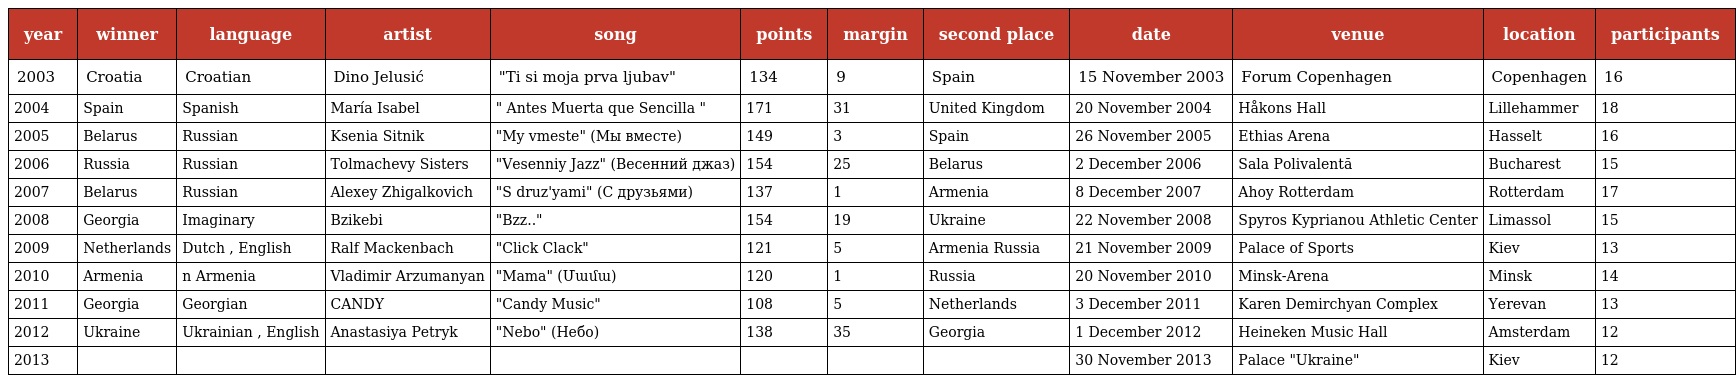
| year | winner | language | artist | song | points | margin | second place | date | venue | location | participants |
 | --- | --- | --- | --- | --- | --- | --- | --- | --- | --- | --- | --- |
 | 2003 | Croatia | Croatian | Dino Jelusić | "Ti si moja prva ljubav" | 134 | 9 | Spain | 15 November 2003 | Forum Copenhagen | Copenhagen | 16 |
 | 2004 | Spain | Spanish | María Isabel | " Antes Muerta que Sencilla " | 171 | 31 | United Kingdom | 20 November 2004 | Håkons Hall | Lillehammer | 18 |
 | 2005 | Belarus | Russian | Ksenia Sitnik | "My vmeste" (Мы вместе) | 149 | 3 | Spain | 26 November 2005 | Ethias Arena | Hasselt | 16 |
 | 2006 | Russia | Russian | Tolmachevy Sisters | "Vesenniy Jazz" (Весенний джаз) | 154 | 25 | Belarus | 2 December 2006 | Sala Polivalentă | Bucharest | 15 |
 | 2007 | Belarus | Russian | Alexey Zhigalkovich | "S druz'yami" (С друзьями) | 137 | 1 | Armenia | 8 December 2007 | Ahoy Rotterdam | Rotterdam | 17 |
 | 2008 | Georgia | Imaginary | Bzikebi | "Bzz.." | 154 | 19 | Ukraine | 22 November 2008 | Spyros Kyprianou Athletic Center | Limassol | 15 |
 | 2009 | Netherlands | Dutch , English | Ralf Mackenbach | "Click Clack" | 121 | 5 | Armenia Russia | 21 November 2009 | Palace of Sports | Kiev | 13 |
 | 2010 | Armenia | n Armenia | Vladimir Arzumanyan | "Mama" (Մամա) | 120 | 1 | Russia | 20 November 2010 | Minsk-Arena | Minsk | 14 |
 | 2011 | Georgia | Georgian | CANDY | "Candy Music" | 108 | 5 | Netherlands | 3 December 2011 | Karen Demirchyan Complex | Yerevan | 13 |
 | 2012 | Ukraine | Ukrainian , English | Anastasiya Petryk | "Nebo" (Небо) | 138 | 35 | Georgia | 1 December 2012 | Heineken Music Hall | Amsterdam | 12 |
 | 2013 |  |  |  |  |  |  |  | 30 November 2013 | Palace "Ukraine" | Kiev | 12 |